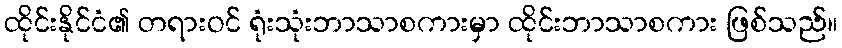
ထိုင်းနိုင်ငံ၏ တရားဝင် ရုံးသုံးဘာသာစကားမှာ ထိုင်းဘာသာစကား ဖြစ်သည်။